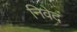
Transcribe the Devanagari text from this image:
निवेदं